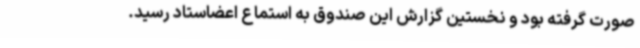
صورت گرفته بود و نخستین گزارش این صندوق به استماع اعضاستاد رسید.